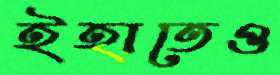
ইহাতেও